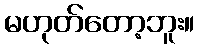
မဟုတ်တော့ဘူး။